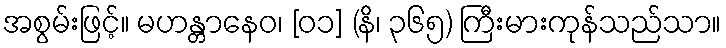
အစွမ်းဖြင့်။ မဟန္တာနေဝ၊ [၀၁] (နိ၊ ၃၆၅) ကြီးမားကုန်သည်သာ။